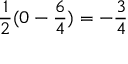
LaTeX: { \frac { 1 } { 2 } } ( 0 - { \frac { 6 } { 4 } } ) = - { \frac { 3 } { 4 } }